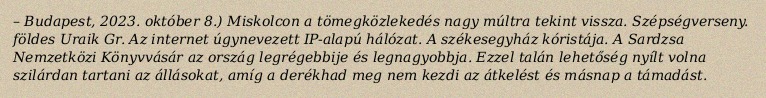
– Budapest, 2023. október 8.) Miskolcon a tömegközlekedés nagy múltra tekint vissza. Szépségverseny. földes Uraik Gr. Az internet úgynevezett IP-alapú hálózat. A székesegyház kóristája. A Sardzsa Nemzetközi Könyvvásár az ország legrégebbije és legnagyobbja. Ezzel talán lehetőség nyílt volna szilárdan tartani az állásokat, amíg a derékhad meg nem kezdi az átkelést és másnap a támadást.